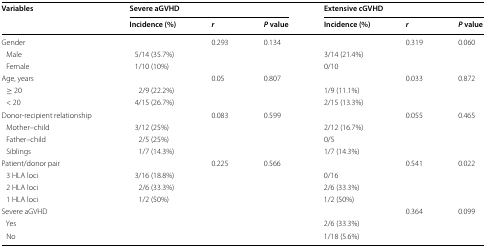
| <ROWSPAN=2> Variables | <COLSPAN=3> Severe aGVHD | <COLSPAN=3> Extensive cGVHD |
 | Incidence (%) | r | P value | Incidence (%) | r | P value |
 | --- | --- | --- | --- | --- | --- | --- |
 | Gender |  | 0.293 | 0.134 |  | 0.319 | 0.060 |
 | Male | 5/14 (35.7%) |  |  | 3/14 (21.4%) |  |  |
 | Female | 1/10 (10%) |  |  | 0/10 |  |  |
 | Age, years |  | 0.05 | 0.807 |  | 0.033 | 0.872 |
 | ≥ 20 | 2/9 (22.2%) |  |  | 1/9 (11.1%) |  |  |
 | < 20 | 4/15 (26.7%) |  |  | 2/15 (13.3%) |  |  |
 | Donor-recipient relationship |  | 0.083 | 0.599 |  | 0.055 | 0.465 |
 | Mother–child | 3/12 (25%) |  |  | 2/12 (16.7%) |  |  |
 | Father–child | 2/5 (25%) |  |  | 0/5 |  |  |
 | Siblings | 1/7 (14.3%) |  |  | 1/7 (14.3%) |  |  |
 | Patient/donor pair |  | 0.225 | 0.566 |  | 0.541 | 0.022 |
 | 3 HLA loci | 3/16 (18.8%) |  |  | 0/16 |  |  |
 | 2 HLA loci | 2/6 (33.3%) |  |  | 2/6 (33.3%) |  |  |
 | 1 HLA loci | 1/2 (50%) |  |  | 1/2 (50%) |  |  |
 | Severe aGVHD |  |  |  |  | 0.364 | 0.099 |
 | Yes |  |  |  | 2/6 (33.3%) |  |  |
 | No |  |  |  | 1/18 (5.6%) |  |  |